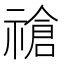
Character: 𫀞